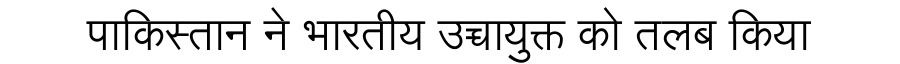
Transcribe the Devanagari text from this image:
पाकिस्तान ने भारतीय उच्चायुक्त को तलब किया